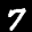
Label: 7